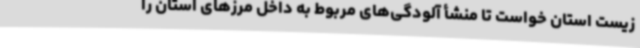
زیست استان خواست تا منشأ آلودگی‌های مربوط به داخل مرزهای استان را